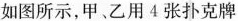
如图所示，甲、乙用4张扑克牌